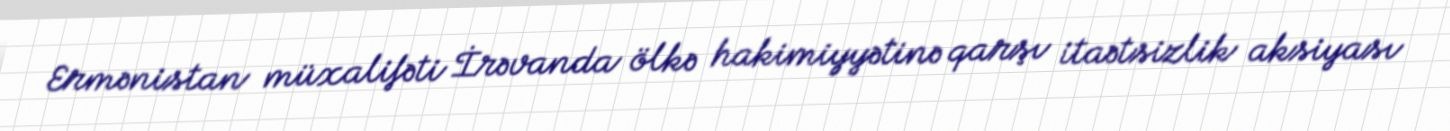
Ermənistan müxalifəti İrəvanda ölkə hakimiyyətinə qarşı itaətsizlik aksiyası